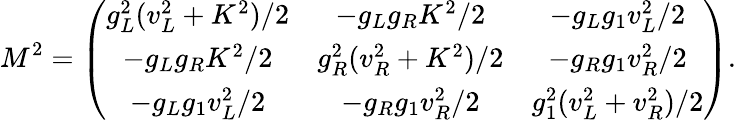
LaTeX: M^{2}=\left(\begin{array}{ccc}{{g_{L}^{2}(v_{L}^{2}+K^{2})/2}}&{{-g_{L}g_{R}K^{2}/2}}&{{-g_{L}g_{1}v_{L}^{2}/2}}\\ {{-g_{L}g_{R}K^{2}/2}}&{{g_{R}^{2}(v_{R}^{2}+K^{2})/2}}&{{-g_{R}g_{1}v_{R}^{2}/2}}\\ {{-g_{L}g_{1}v_{L}^{2}/2}}&{{-g_{R}g_{1}v_{R}^{2}/2}}&{{g_{1}^{2}(v_{L}^{2}+v_{R}^{2})/2}}\end{array}\right).